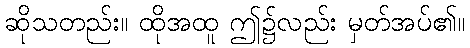
ဆိုသတည်း။ ထိုအထူ ဤ၌လည်း မှတ်အပ်၏။